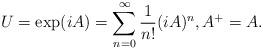
LaTeX: \begin{align*}U=\exp (iA)=\sum_{n=0}^{\infty}\frac{1}{n!}(iA)^{n}, A^{+}=A.\end{align*}